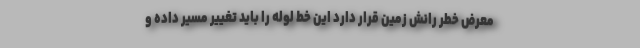
معرض خطر رانش زمین قرار دارد این خط لوله را باید تغییر مسیر داده و